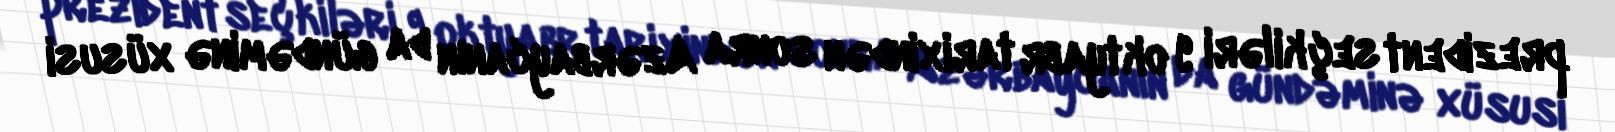
prezident seçkiləri 9 oktyabr tarixindən sonra Azərbaycanın da gündəminə xüsusi